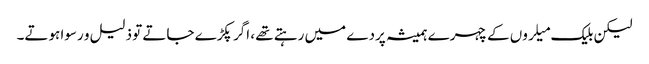
لیکن بلیک میلروں کے چہرے ہمیشہ پردے میں رہتے تھے ، اگر پکڑے جاتے تو ذلیل و رسوا ہوتے۔